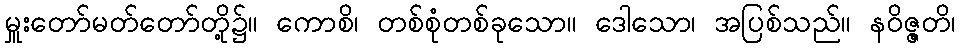
မှူးတော်မတ်တော်တို့၌။ ကောစိ၊ တစ်စုံတစ်ခုသော။ ဒေါသော၊ အပြစ်သည်။ နဝိဇ္ဇတိ၊